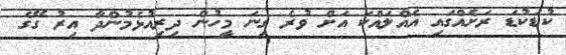
ކުޑަކުޑަ ރަށެއްގައި އެއްލައްކަ އަށް ވުރެ ގިނަ މީހުން ދިރިއުޅެމުންދާ އިރު ގޭގެ